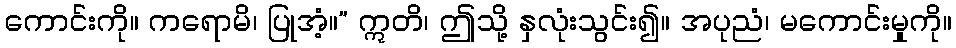
ကောင်းကို။ ကရောမိ၊ ပြုအံ့။” ဣတိ၊ ဤသို့ နှလုံးသွင်း၍။ အပုညံ၊ မကောင်းမှုကို။